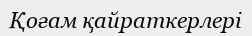
Қоғам қайраткерлері